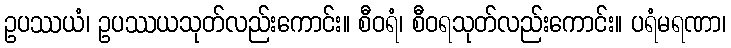
ဥပဿယံ၊ ဥပဿယသုတ်လည်းကောင်း။ စီဝရံ၊ စီဝရသုတ်လည်းကောင်း။ ပရံမရဏာ၊